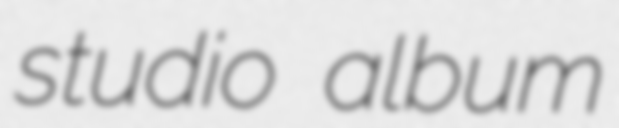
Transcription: studio album